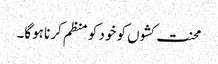
محنت کشوں کو خود کو منظم کرنا ہوگا۔